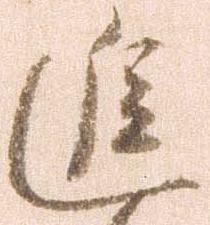
進